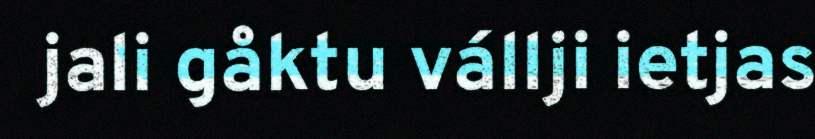
jali gåktu vállji ietjas